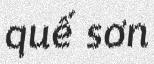
quế sơn